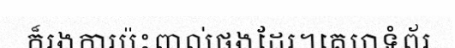
ក៏រងការប៉ះពាល់ផងដែរ។គេហទំព័រ